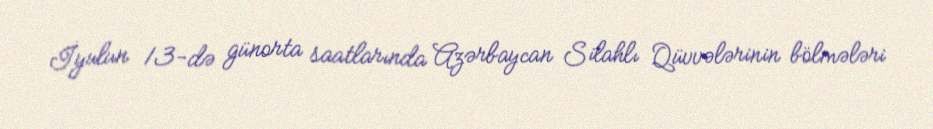
İyulun 13-də günorta saatlarında Azərbaycan Silahlı Qüvvələrinin bölmələri